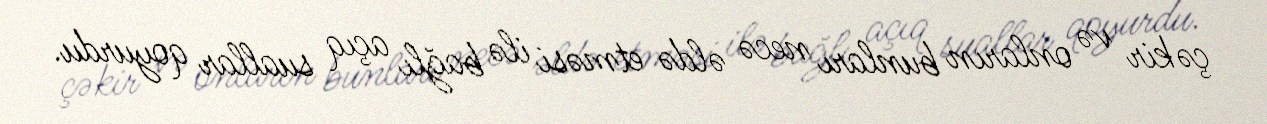
çəkir və onların bunları necə əldə etməsi ilə bağlı açıq suallar qoyurdu.